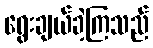
ရွေးချယ်ခဲ့ကြသည်